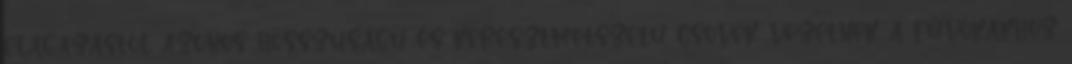
elágazástól azonos hosszúságú és keresztmetszetû csövek vezetnek a fúvókákhoz